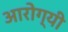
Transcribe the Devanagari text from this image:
आरोग्यी